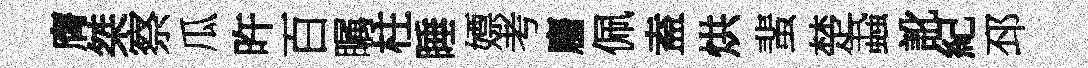
膺桀察瓜旿百瞩柱睡嫖考麕佩盍烘蜚楚蝨訛紀邳